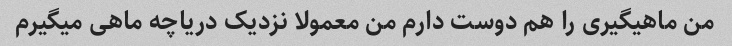
من ماهیگیری را هم دوست دارم من معمولا نزدیک دریاچه ماهی میگیرم